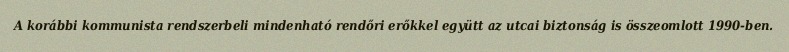
A korábbi kommunista rendszerbeli mindenható rendőri erőkkel együtt az utcai biztonság is összeomlott 1990-ben.